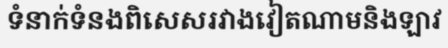
ទំនាក់ទំនងពិសេសរវាងវៀតណាមនិងឡាវ